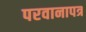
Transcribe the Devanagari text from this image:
परवानापत्र